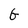
Character: G